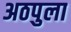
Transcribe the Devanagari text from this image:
अठपुला